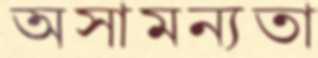
অসামন্যতা